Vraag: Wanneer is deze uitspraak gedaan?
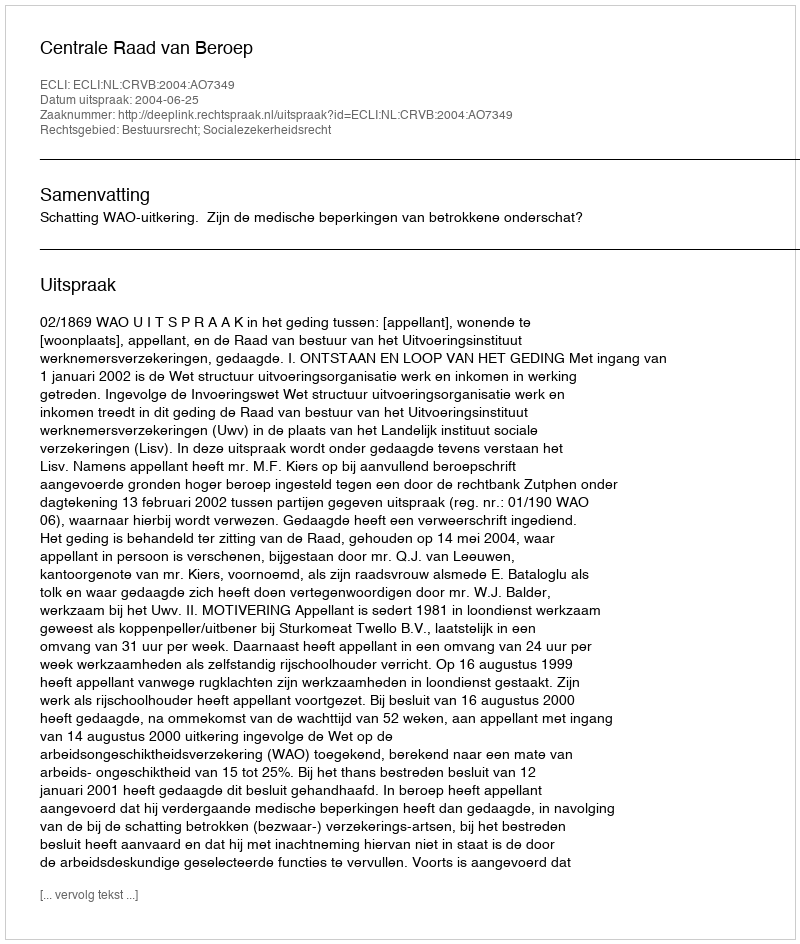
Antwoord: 2004-06-25